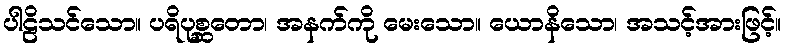
ပါဠိသင်သော။ ပရိပုစ္ဆတော၊ အနက်ကို မေးသော။ ယောနိသော၊ အသင့်အားဖြင့်။